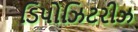
ડિપોઝિટરીઝ